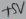
Text: +5V